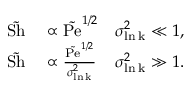
\begin{array} { r l r } { \tilde { \mathrm { S h } } } & { { } \propto \tilde { \mathrm { P e } } ^ { 1 / 2 } } & { \sigma _ { \mathrm { \ln k } } ^ { 2 } \ll 1 , } \\ { \tilde { \mathrm { S h } } } & { { } \propto \frac { \tilde { \mathrm { P e } } ^ { 1 / 2 } } { \sigma _ { \mathrm { \ln k } } ^ { 2 } } } & { \sigma _ { \mathrm { \ln k } } ^ { 2 } \gg 1 . } \end{array}